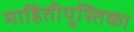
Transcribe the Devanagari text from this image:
माहितीपुस्तिका